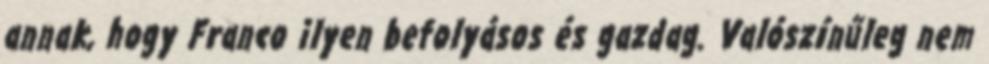
annak, hogy Franco ilyen befolyásos és gazdag. Valószínűleg nem